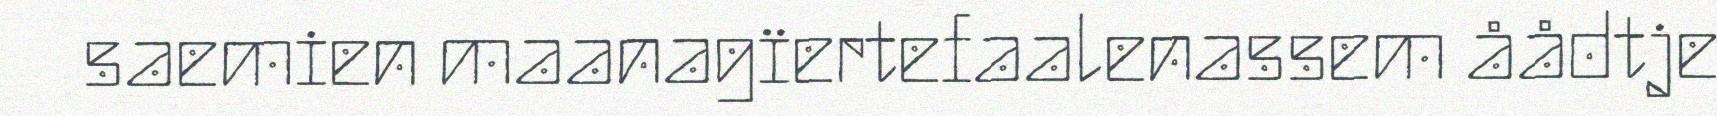
saemien maanagïertefaalenassem åådtje